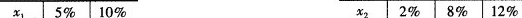
x_{1} 5% 10% x_{2} 2% 8% 12%